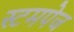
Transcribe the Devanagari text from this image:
स्टमपेज